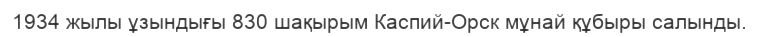
1934 жылы ұзындығы 830 шақырым Каспий-Орск мұнай құбыры салынды.